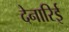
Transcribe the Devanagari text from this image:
देनारिई